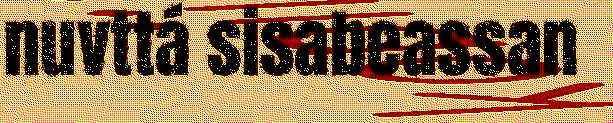
nuvttá sisabeassan